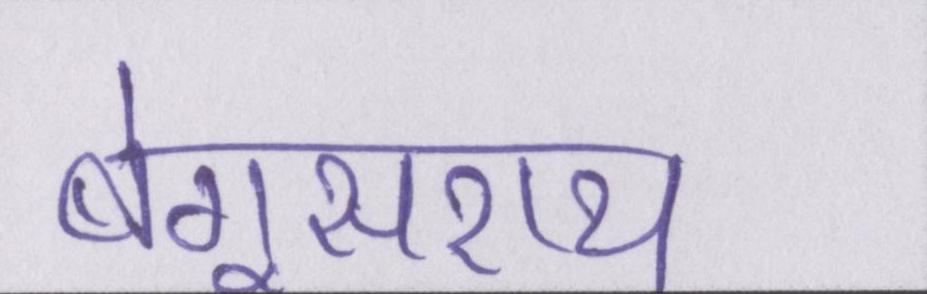
बेगूसराय